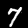
Label: 7